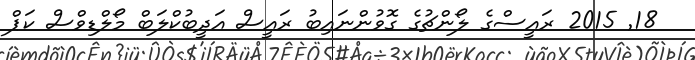
18